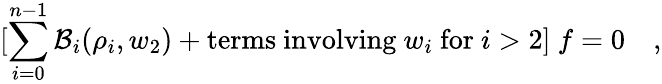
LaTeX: [\sum_{i=0}^{n-1}{\cal B}_{i}(\rho_{i},w_{2})+\mathrm{terms\ involving\ }w_{i}\mathrm{\ for\ }i>2]\ f=0\quad,